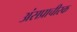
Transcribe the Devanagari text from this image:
अंसप्राचीरक